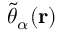
\tilde { \theta } _ { \alpha } ( \mathbf { r } )